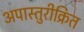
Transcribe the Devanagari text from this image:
अपास्तुरीक्रित